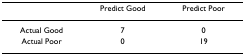
|  | Predict Good | Predict Poor |
 | --- | --- | --- |
 | Actual Good | 7 | 0 |
 | Actual Poor | 0 | 19 |